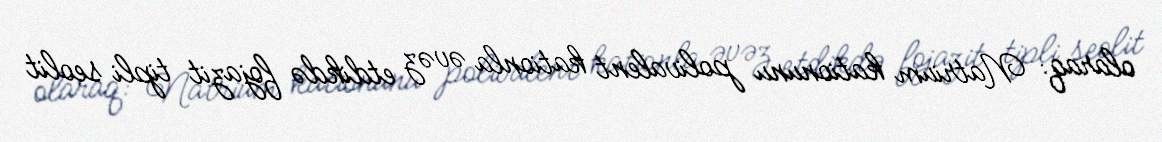
olaraq: Natrium kationunu polivalent kationla əvəz etdikdə fojazit tipli seolit